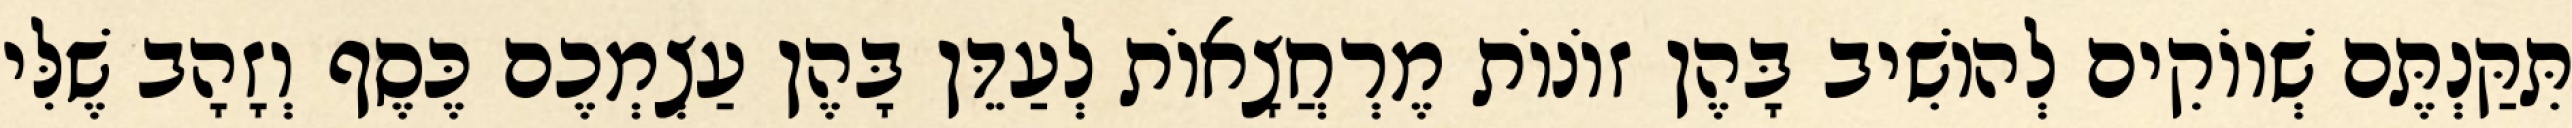
תִּקַּנְתֶּם שְׁווֹקִים לְהוֹשִׁיב בָּהֶן זוֹנוֹת מֶרְחֲצָאוֹת לְעַדֵּן בָּהֶן עַצְמְכֶם כֶּסֶף וְזָהָב שֶׁלִּי